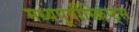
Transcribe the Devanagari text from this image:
मध्यपूर्वीस्क्रिप्ट्स